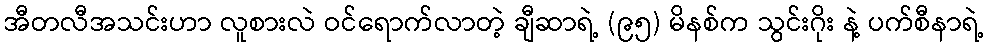
အီတလီအသင်းဟာ လူစားလဲ ဝင်ရောက်လာတဲ့ ချီဆာရဲ့ (၉၅) မိနစ်က သွင်းဂိုး နဲ့ ပက်စီနာရဲ့